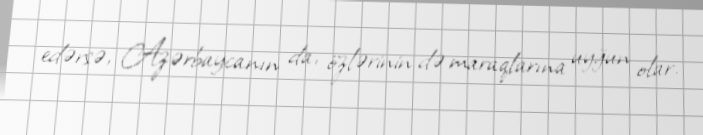
edərsə, Azərbaycanın da, özlərinin də maraqlarına uyğun olar.